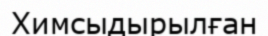
Химсыдырылған